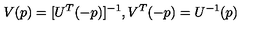
V ( p ) = [ U ^ { T } ( - p ) ] ^ { - 1 } , V ^ { T } ( - p ) = U ^ { - 1 } ( p )